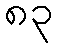
၈၃